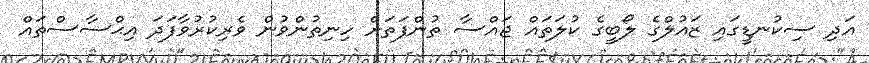
އަދި ސިކުނޑީގައި ޒައުލްގެ ލޯބީގެ ކުލަތައް ޖައްސާ ތުންފަތަށް ހިނިތުންވުން ވެރިކުރުވާފަދަ އިޙްސާސްތައް